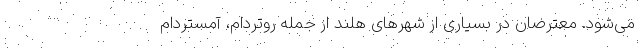
می‌شود. معترضان در بسیاری از شهر‌های هلند از جمله روتردام، آمستردام